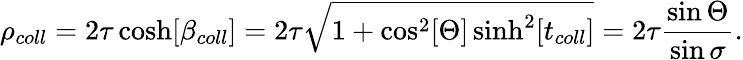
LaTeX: \rho_{coll}=2\tau\cosh[\beta_{coll}]=2\tau\sqrt{1+\cos^{2}[\Theta]\sinh^{2}[t_{coll}]}=2\tau\frac{\sin\Theta}{\sin\sigma}.